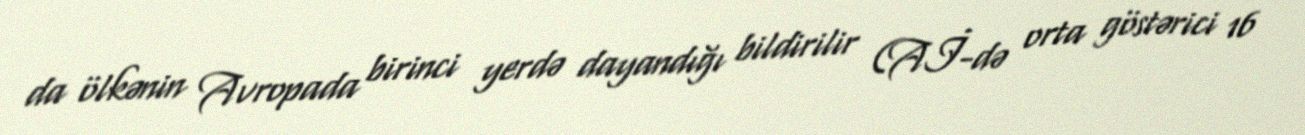
da ölkənin Avropada birinci yerdə dayandığı bildirilir (Aİ-də orta göstərici 16